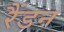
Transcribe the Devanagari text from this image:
रैंडन